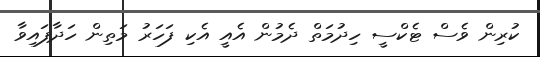
ކުރިން ވެސް ޓެކްސީ ހިދުމަތް ދެމުން އެއީ އެކި ފަހަރު މަތިން ހަދާފައިވާ